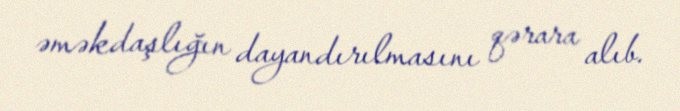
əməkdaşlığın dayandırılmasını qərara alıb.